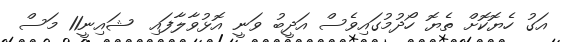
އަގު ހެޔޮކޮށް ތެޔޮ ހޯދުމުގައިވެސް އަދީބު ވަނީ އޮޅުވާލާފައި  ޝައިނީ11 މަސް